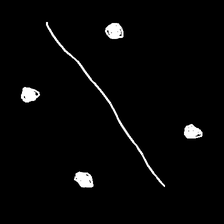
Glyph: cool